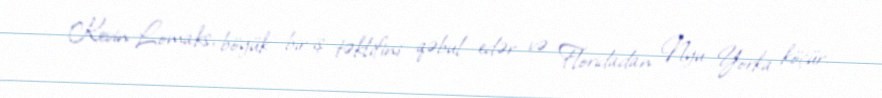
Kevin Lomaks, böyük bir iş təklifini qəbul edər və Floridadan Nyu Yorka köçür.